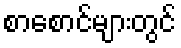
စာစောင်များတွင်